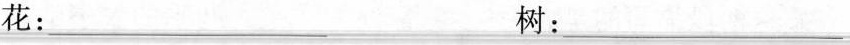
花：___树：___